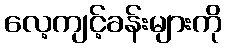
လေ့ကျင့်ခန်းများကို